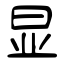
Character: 显